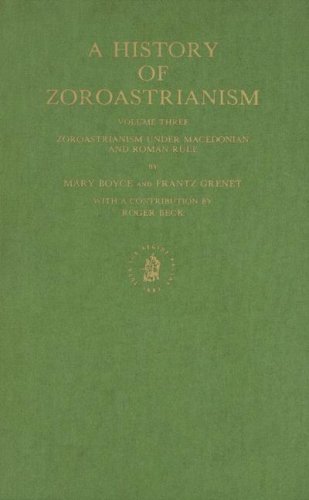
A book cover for A History of Zoroastrianism: Zoroastrianism Under Macedonian and Roman Rule (Handbuch Der Orientalistik Erste Abteilung Der Nahe Und Der Mittlere Os); Mary Boyce; Religion & Spirituality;